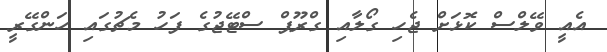
އެއީ ވޭލްސް ކޮޅަށް ޖެހި ގޯލާއި ގްރޫޕް ސްޓޭޖުގެ ފަހު މެޗުގައި ހަންގޭރީ